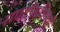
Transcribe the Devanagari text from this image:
संघटनांविषयी